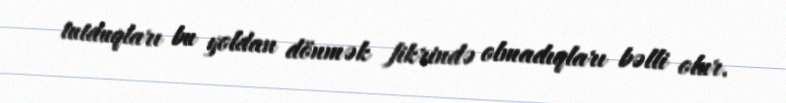
tutduqları bu yoldan dönmək fikrində olmadıqları bəlli olur.